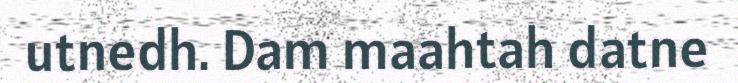
utnedh. Dam maahtah datne